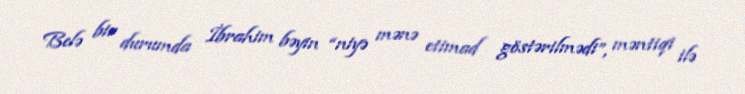
Belə bir durumda İbrahim bəyin “niyə mənə etimad göstərilmədi”, məntiqi ilə